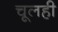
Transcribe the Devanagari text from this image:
चूलही